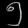
Digit: ၅